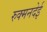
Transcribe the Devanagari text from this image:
रुक्मनदेई